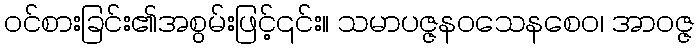
ဝင်စားခြင်း၏အစွမ်းဖြင့်၎င်း။ သမာပဇ္ဇနဝသေနစေဝ၊ အာဝဇ္ဇ